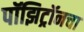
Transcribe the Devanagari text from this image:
पॉझिट्रॉनचा